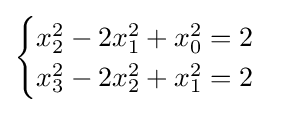
{\begin{cases}x_{2}^{2}-2x_{1}^{2}+x_{0}^{2}=2\\x_{3}^{2}-2x_{2}^{2}+x_{1}^{2}=2\end{cases}}